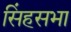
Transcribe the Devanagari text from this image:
सिंहसभा